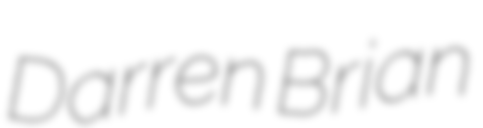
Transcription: Darren Brian